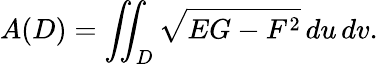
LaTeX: A(D)=\iint_{D}{\sqrt{EG-F^{2}}}\, du\, dv.